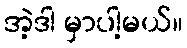
အဲ့ဒါ မှာပါ့မယ်။